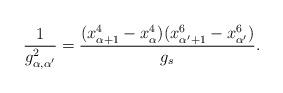
LaTeX: \begin{align*}\frac{1}{g_{\alpha,\alpha'}^2}=\frac{(x^4_{\alpha+1}-x^4_\alpha)(x^6_{\alpha'+1}-x^6_{\alpha'})}{g_s}.\end{align*}